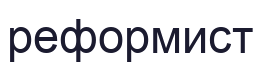
реформист